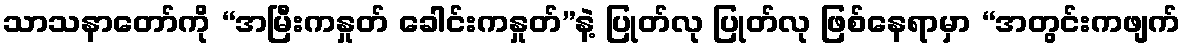
သာသနာတော်ကို “အမြီးကနှုတ် ခေါင်းကနှုတ်”နဲ့ ပြုတ်လု ပြုတ်လု ဖြစ်နေရာမှာ “အတွင်းကဖျက်